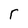
Character: r